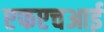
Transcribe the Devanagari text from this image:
एफएचआई